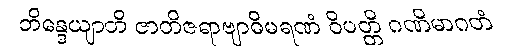
ဘိန္ဒေယျာတိ ဇာတိဇရာဗျာဓိမရဏံ ဝိပတ္တိ ဂဏိမာဂတံ